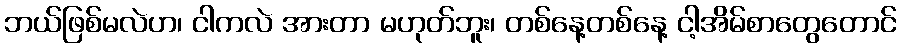
ဘယ်ဖြစ်မလဲဟ၊ ငါကလဲ အားတာ မဟုတ်ဘူး၊ တစ်နေ့တစ်နေ့ ငါ့အိမ်စာတွေတောင်